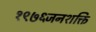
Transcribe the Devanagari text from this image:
१९७६जनशक्ति